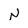
Character: N